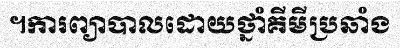
។ការព្យាបាលដោយថ្នាំគីមីប្រឆាំង